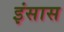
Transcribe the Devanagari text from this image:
इंसास